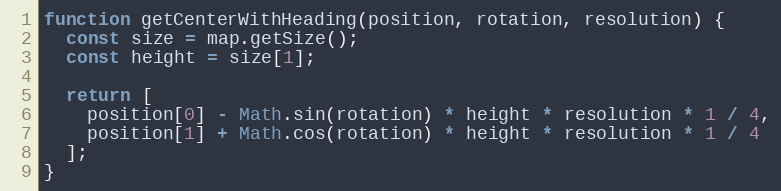
Language: JavaScript
function getCenterWithHeading(position, rotation, resolution) {
  const size = map.getSize();
  const height = size[1];

  return [
    position[0] - Math.sin(rotation) * height * resolution * 1 / 4,
    position[1] + Math.cos(rotation) * height * resolution * 1 / 4
  ];
}